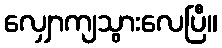
လျှောကျသွားလေပြီ။